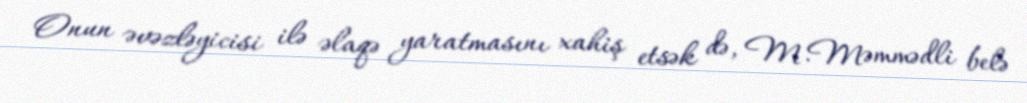
Onun əvəzləyicisi ilə əlaqə yaratmasını xahiş etsək də, M.Məmmədli belə